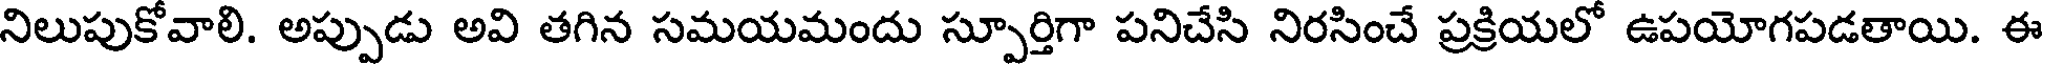
నిలుపుకోవాలి. అప్పుడు అవి తగిన సమయమందు స్పూర్తిగా పనిచేసి నిరసించే ప్రక్రియలో ఉపయోగపడతాయి. ఈ